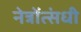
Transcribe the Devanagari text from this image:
नेत्रोंत्संधी